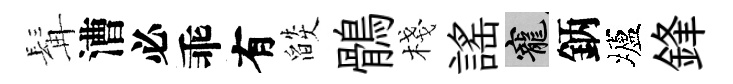
髯漕必乖有燄鶻棧謡寵鈵壚鋒